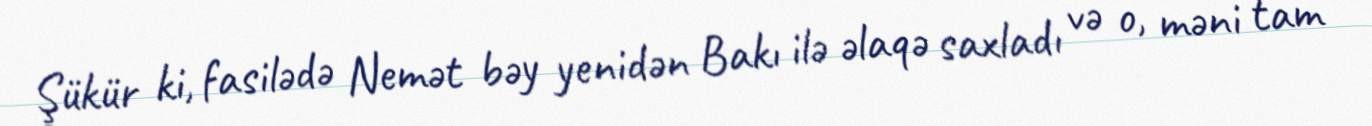
Şükür ki, fasilədə Nemət bəy yenidən Bakı ilə əlaqə saxladı və o, məni tam